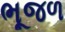
ભૂજળ